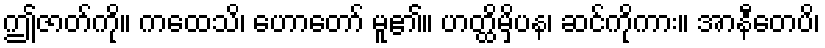
ဤဇာတ်ကို။ ကထေသိ၊ ဟောတော် မူ၏။ ဟတ္ထိမှိပန၊ ဆင်ကိုကား။ အာနီတေပိ၊